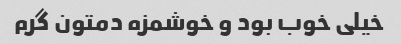
خیلی خوب بود و خوشمزه دمتون گرم